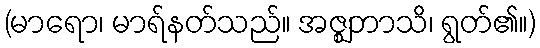
(မာရော၊ မာရ်နတ်သည်။ အဇ္ဈဘာသိ၊ ရွတ်၏။)